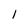
Character: 1